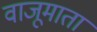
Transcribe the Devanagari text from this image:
वाजूमाता